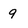
Character: 9